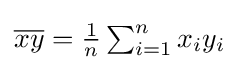
{\overline {xy}}={\tfrac {1}{n}}\textstyle \sum _{i=1}^{n}x_{i}y_{i}\